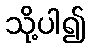
သို့ပါ၍